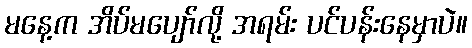
မနေ့က အိပ်မပျော်လို့ အရမ်း ပင်ပန်းနေမှာပဲ။